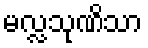
မလ္လသုဏိသာ